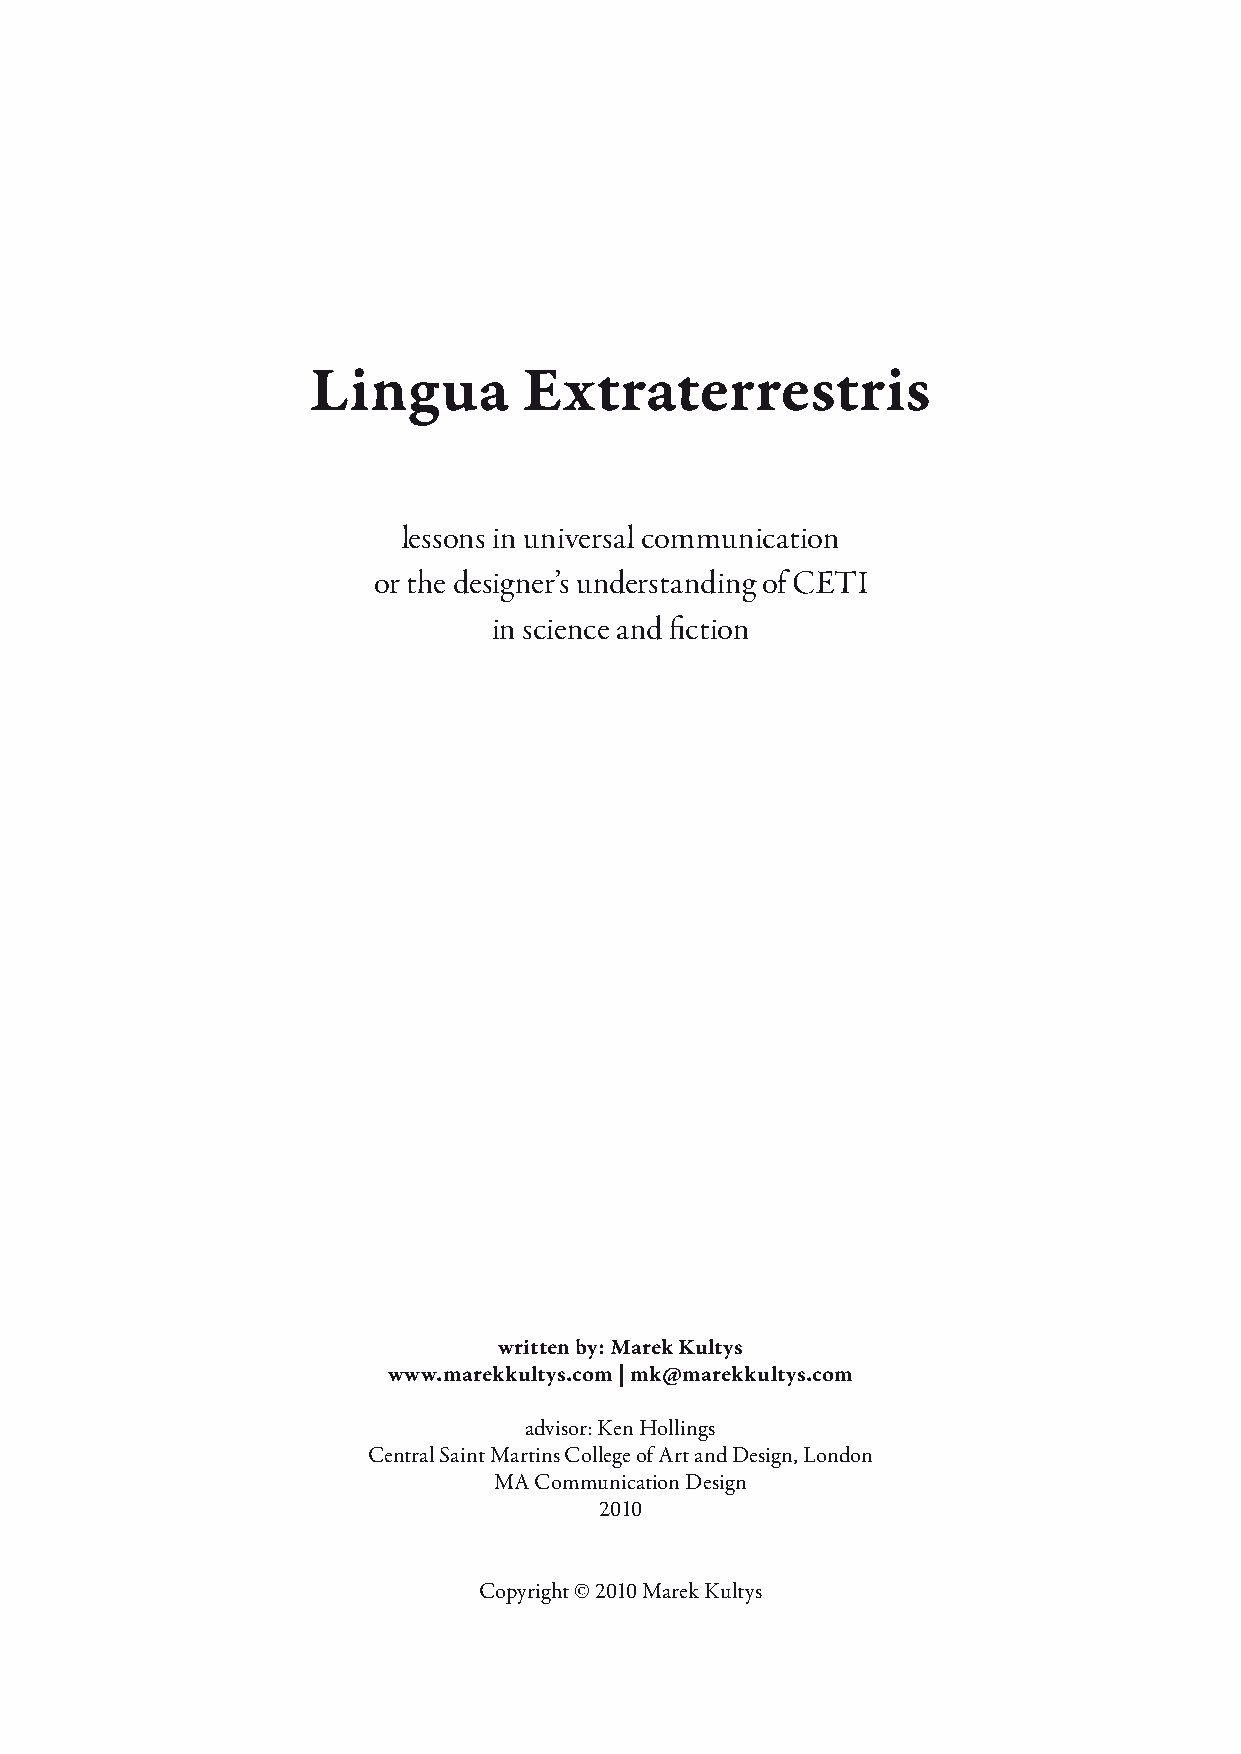
Lingua        Extraterrestris
 lessons in universal communication
 or the designer’s understanding of CETI
 in science and fiction
 written by: Marek Kultys
 www.marekkultys.com | mk@marekkultys.com
 advisor: Ken Hollings
 Central Saint Martins College of Art and Design, London
 MA Communication Design
 2010
 Copyright © 2010 Marek Kultys